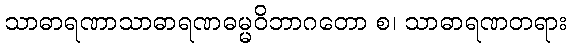
သာဓာရဏာသာဓာရဏဓမ္မဝိဘာဂတော စ၊ သာဓာရဏတရား